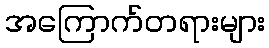
အကြောက်တရားများ